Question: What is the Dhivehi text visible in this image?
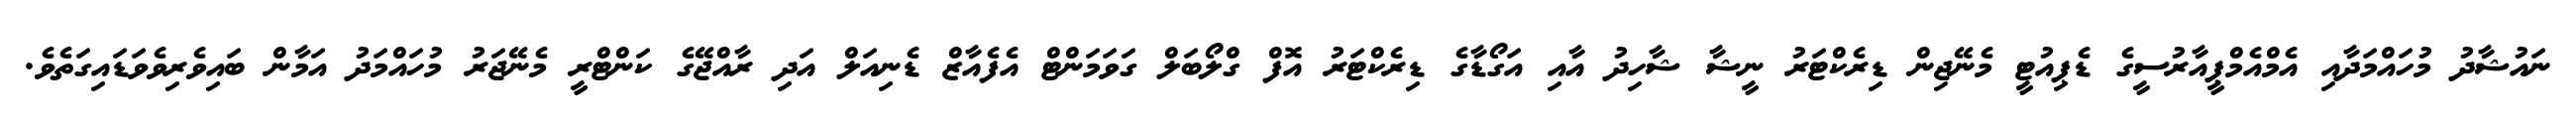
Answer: ނައުޝާދު މުހައްމަދާއި އެމްއެމްޕީއާރުސީގެ ޑެޕިއުޓީ މެނޭޖިން ޑިރެކްޓަރު ނީޝާ ޝާހިދު އާއި އަގޯޑާގެ ޑިރެކްޓަރު އޮފް ގްލޯބަލް ގަވަމަންޓް އެފެއާޒް ޑެނިއަލް އަދި ރާއްޖޭގެ ކަންޓްރީ މެނޭޖަރު މުހައްމަދު އަމާން ބައިވެރިވެވަޑައިގަތެވެ.